Report on the working of the mental hospitals for Indians in Bihar and Orissa - 1925-1929
Year: 1925
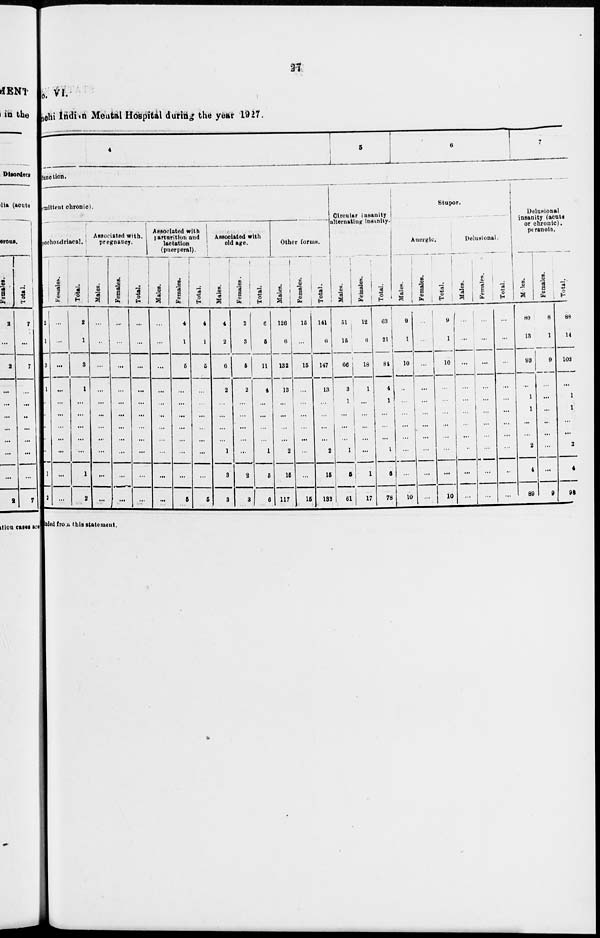
27
o. VI.
nchi Indian Mental Hospital during the year 1927.
4
5
6
7
function.
rmittent chronic).
pochondriacal.
Males.
2
1
3
1
...
...
...
...
...
1
2
Females.
...
...
...
...
...
...
...
...
...
...
...
Total.
2
1
3
1
...
...
...
...
...
1
2
Associated with,
pregnancy.
Males.
...
...
...
...
...
...
...
...
...
...
...
Females.
...
...
...
...
...
...
...
...
...
...
...
Total.
...
...
...
...
...
...
...
...
...
...
...
Associated
parturition a
lactation
(puerperal)
Males.
...
...
...
...
...
...
...
...
...
...
...
Females.
4
1
5
...
...
...
...
...
...
...
5
Total.
4
1
5
...
...
...
...
...
...
...
5
Associated with
old age.
Males.
4
2
6
2
...
...
...
...
1
3
3
Females.
2
3
5
2
...
...
...
...
...
2
3
Total.
6
5
11
4
...
...
...
...
1
5
6
Other forms.
Males.
126
6
132
13
...
...
...
...
2
15
117
Females.
15
...
15
...
...
...
...
...
...
...
15
Total.
141
6
147
13
...
...
...
...
2
15
132
Circular insanity
alternating insanity.
Males.
51
15
66
3
1
...
...
...
1
5
61
Females.
12
6
18
1
...
...
...
...
...
1
17
Total.
63
21
84
4
1
...
...
...
1
6
78
Stupor.
Anergic.
Males.
9
1
10
...
...
...
...
...
...
...
10
Females.
...
...
...
...
...
...
...
...
...
...
...
Total.
9
1
10
...
...
...
...
...
...
...
10
Delusional.
Males.
...
...
...
...
...
...
...
...
...
...
...
Females.
...
...
...
...
...
...
...
...
...
...
...
Total.
...
...
...
...
...
...
...
...
...
...
...
Delusional
insanity (acute
or chronic).
peranoia.
Males.
80
13
93
...
1
1
...
...
2
4
89
Females.
8
1
9
...
...
...
...
...
...
...
9
Total.
88
14
102
...
1
1
...
...
2
4
98
luded from this statement.